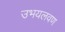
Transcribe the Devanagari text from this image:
उभयलवण